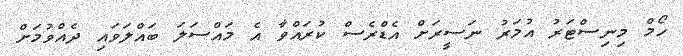
ހޯމް މިނިސްޓަރު އުމަރު ނަސީރަށް އެޑްރެސް ކުރައްވާ އެ މައްސަލަ ބައްލަވައި ދެއްވުމަށް